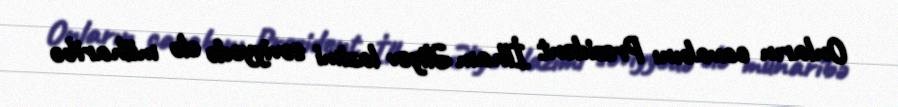
Onların cavabını Prezident İlham Əliyev lazimi səviyyədə elə müharibə